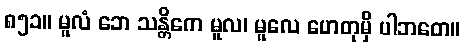
၈၅၁။ မူလံ ဘေ သန္တိကေ မူလ၊ မူလေ ဟေတုမှိ ပါဘတေ။